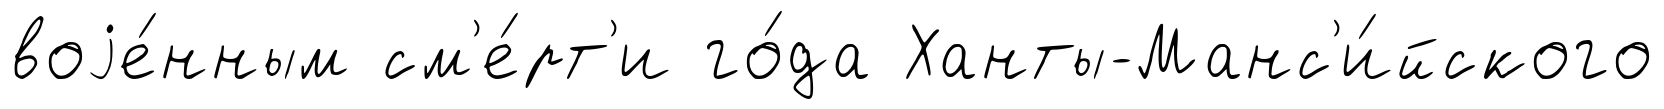
воjе́нным см'е́рт'и го́да Ханты-Манс'и́йского